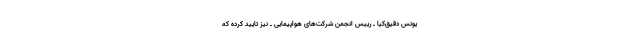
یونس دقیق‌کیا ـ رییس انجمن شرکت‌های هواپیمایی ـ نیز تایید کرده که